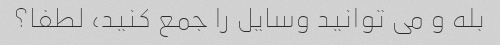
بله و می توانید وسایل را جمع کنید، لطفا؟